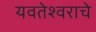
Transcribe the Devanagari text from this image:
यवतेश्वराचे